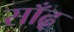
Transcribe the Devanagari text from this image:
साँढ़़